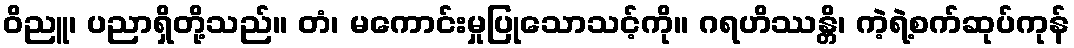
ဝိညူ၊ ပညာရှိတို့သည်။ တံ၊ မကောင်းမှုပြုသောသင့်ကို။ ဂရဟိဿန္တိ၊ ကဲ့ရဲ့စက်ဆုပ်ကုန်